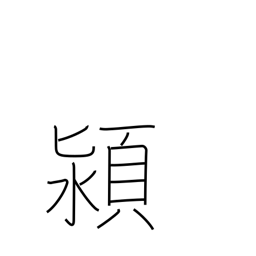
Meaning: name of a Chinese river